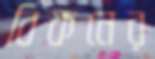
বিকনের